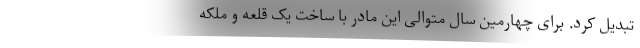
تبدیل کرد. برای چهارمین سال متوالی این مادر با ساخت یک قلعه و ملکه